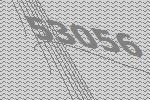
53056